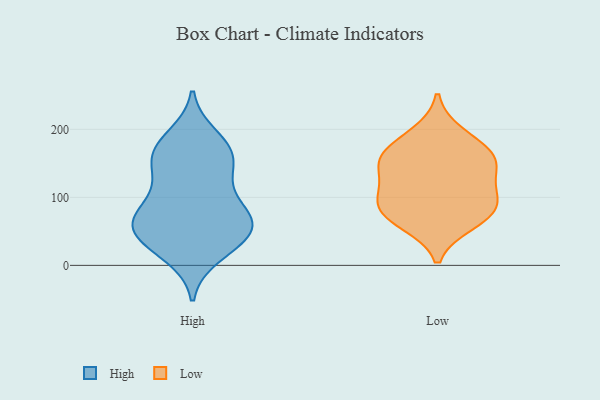
{"axis": {"x": "Energy Usage (MWh)", "y": "Value"}, "legend": ["High", "Low"], "data": [{"x": "", "y": 16, "type": "High"}, {"x": "", "y": 188, "type": "High"}, {"x": "", "y": 51, "type": "High"}, {"x": "", "y": 33, "type": "High"}, {"x": "", "y": 127, "type": "High"}, {"x": "", "y": 80, "type": "High"}, {"x": "", "y": 157, "type": "High"}, {"x": "", "y": 32, "type": "High"}, {"x": "", "y": 121, "type": "High"}, {"x": "", "y": 79, "type": "High"}, {"x": "", "y": 160, "type": "High"}, {"x": "", "y": 67, "type": "High"}, {"x": "", "y": 171, "type": "High"}, {"x": "", "y": 69, "type": "High"}, {"x": "", "y": 56, "type": "High"}, {"x": "", "y": 56, "type": "High"}, {"x": "", "y": 168, "type": "High"}, {"x": "", "y": 145, "type": "Low"}, {"x": "", "y": 62, "type": "Low"}, {"x": "", "y": 100, "type": "Low"}, {"x": "", "y": 70, "type": "Low"}, {"x": "", "y": 153, "type": "Low"}, {"x": "", "y": 194, "type": "Low"}, {"x": "", "y": 93, "type": "Low"}, {"x": "", "y": 121, "type": "Low"}, {"x": "", "y": 83, "type": "Low"}, {"x": "", "y": 164, "type": "Low"}, {"x": "", "y": 164, "type": "Low"}]}